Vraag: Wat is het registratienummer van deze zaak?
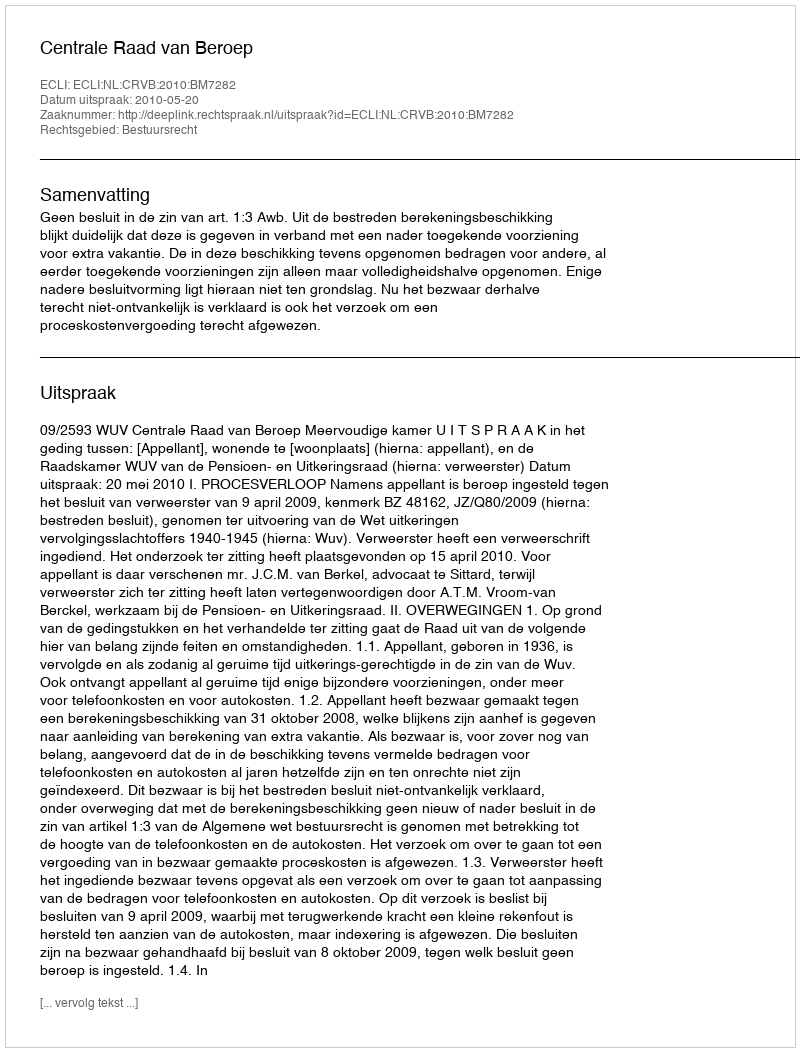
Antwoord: http://deeplink.rechtspraak.nl/uitspraak?id=ECLI:NL:CRVB:2010:BM7282